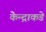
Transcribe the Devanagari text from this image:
केन्द्राकडे